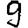
Digit: 9